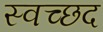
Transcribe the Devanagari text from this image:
स्वच्छद